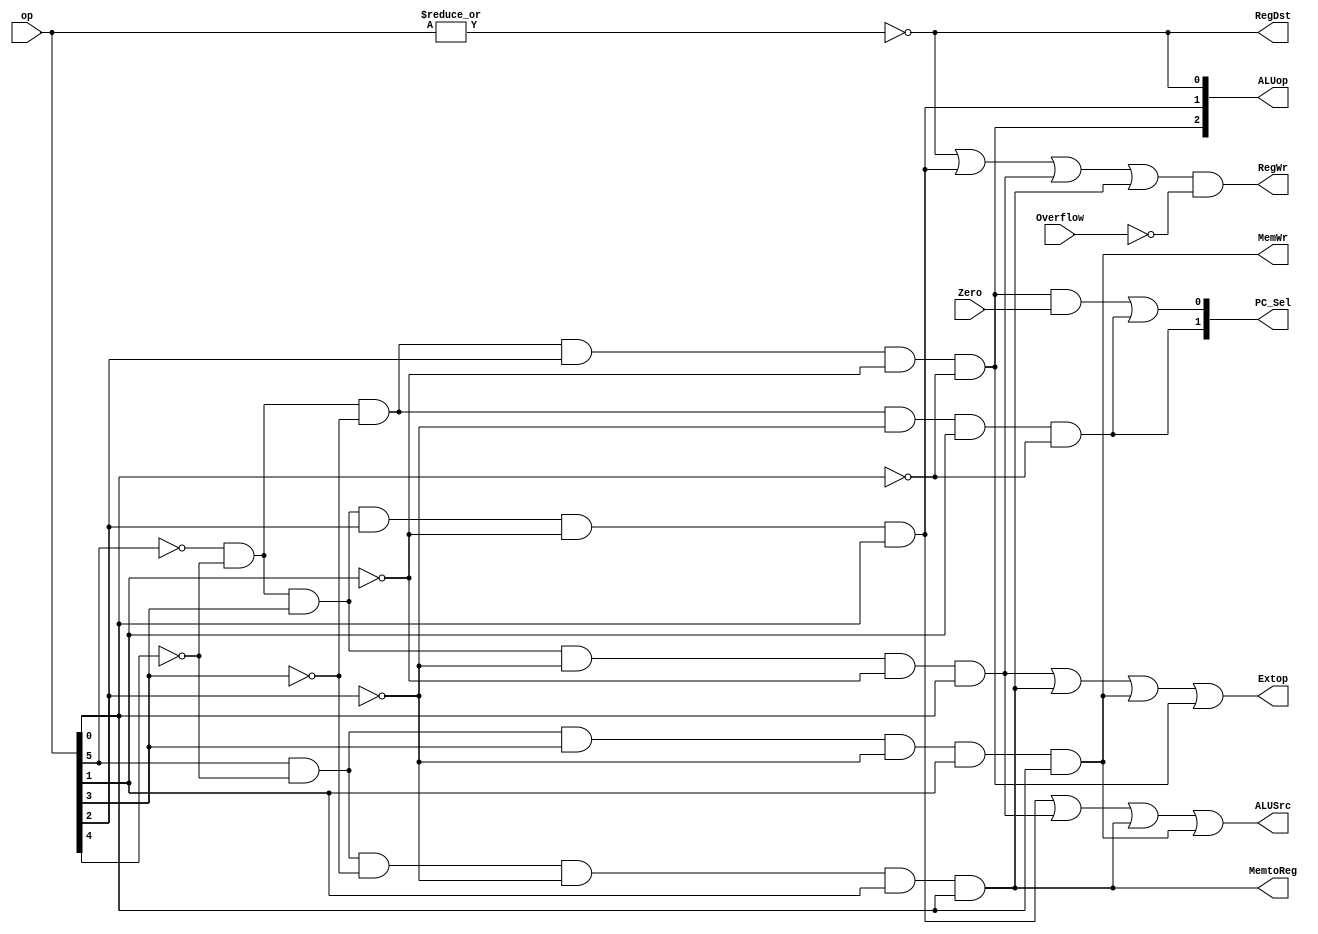
`timescale 1ns / 1ps
module Control(
        input [5:0]op,
        input Zero,Overflow,
        output RegDst,ALUSrc,RegWr,MemtoReg,MemWr,Extop,
        output[1:0]PC_Sel,
        output[2:0]ALUop);
    wire r_type=~|op;
    wire i_ori=~op[5]&~op[4]&op[3]&op[2]&~op[1]&op[0];
    wire i_addiu=~op[5]&~op[4]&op[3]&~op[2]&~op[1]&op[0];


    wire i_lw=op[5]&~op[4]&~op[3]&~op[2]&op[1]&op[0];
    wire i_sw=op[5]&~op[4]&op[3]&~op[2]&op[1]&op[0];
    wire i_beq=~op[5]&~op[4]&~op[3]&op[2]&~op[1]&~op[0];
    wire i_j=~op[5]&~op[4]&~op[3]&~op[2]&op[1]&~op[0];

    assign RegDst =r_type;
    assign ALUSrc=i_ori|i_addiu|i_lw|i_sw;
    assign RegWr=(r_type|i_ori|i_addiu|i_lw)&~Overflow;
    assign MemtoReg=i_lw;
    assign MemWr=i_sw;
    assign Extop=i_addiu|i_lw|i_sw|i_beq;

    assign PC_Sel[1]=i_j;
    assign PC_Sel[0]=(i_beq&Zero)|i_j;

    assign ALUop[2]=i_beq;
    assign ALUop[1]=i_ori;
    assign ALUop[0]=r_type;


endmodule